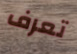
تعرف